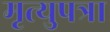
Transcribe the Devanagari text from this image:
मृत्युपत्रा